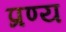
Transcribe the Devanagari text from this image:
प्रण्य